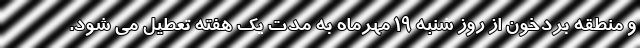
و منطقه بردخون از روز شنبه 19 مهرماه به مدت یک هفته تعطیل می شود.